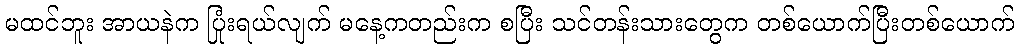
မထင်ဘူး အာယနဲက ပြုံးရယ်လျက် မနေ့ကတည်းက စပြီး သင်တန်းသားတွေက တစ်ယောက်ပြီးတစ်ယောက်